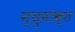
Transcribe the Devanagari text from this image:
न्युनोक्त